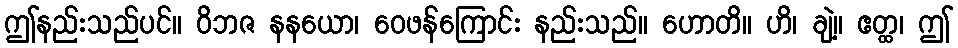
ဤနည်းသည်ပင်။ ဝိဘဇ နနယော၊ ဝေဖန်ကြောင်း နည်းသည်။ ဟောတိ။ ဟိ၊ ချဲ့။ ဧတ္ထ၊ ဤ